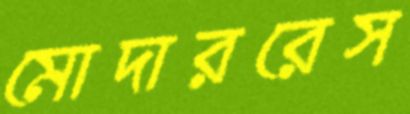
মোদাররেস